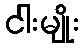
ငါးမျိုး